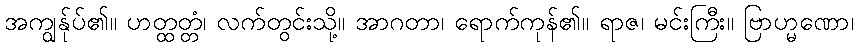
အကျွန်ုပ်၏။ ဟတ္ထတ္တံ၊ လက်တွင်းသို့။ အာဂတာ၊ ရောက်ကုန်၏။ ရာဇ၊ မင်းကြီး။ ဗြာဟ္မဏော၊